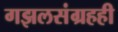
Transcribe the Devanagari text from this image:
गझलसंग्रहही